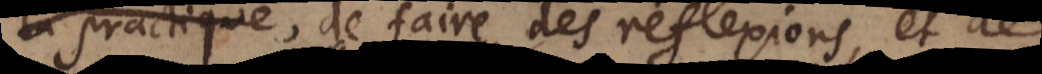
practique, de faire des reflexions, et de